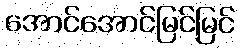
အောင်အောင်မြင်မြင်